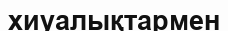
хиуалықтармен